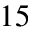
^ { 1 5 }